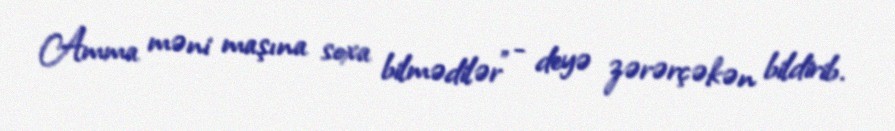
Amma məni maşına soxa bilmədilər" - deyə zərərçəkən bildirib.